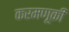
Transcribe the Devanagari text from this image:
करमणूकी